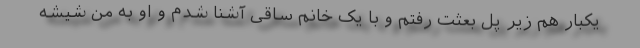
یکبار هم زیر پل بعثت رفتم و با یک خانم ساقی آشنا شدم و او به من شیشه